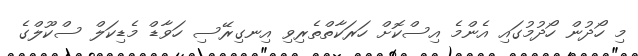
މި ހޯދުން ހޯދުމުގައި އެންމެ އިސްކޮށް ހަރަކާތްތެރިވި އިނގިރޭސި ހަވާޑް މެޑިކަލް ސްކޫލްގެ